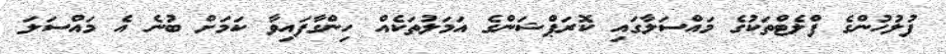
ފުލުހުންގެ ފްލެޓްތަކުގެ މައްސަލާގައި ކޮރަޕްޝަންގެ އަމަލުތަކެއް ހިންގާފައިވާ ކަމަށް ބުނެ އެ މައްސަލަ